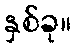
နှစ်ခု။